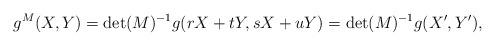
LaTeX: \begin{align*}g^M(X,Y) = \det(M)^{-1} g(r X + t Y, s X + u Y) = \det(M)^{-1} g(X',Y'),\end{align*}